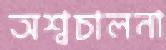
অশ্বচালনা